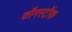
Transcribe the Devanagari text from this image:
कौमस्टॉक